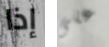
إذا على